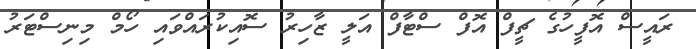
ރައީސް އޮފީހުގެ ޗީފް އޮފް ސްޓާފް އަލީ ޒާހިރު ސޮއިކުރައްވައި ހޯމް މިނިސްޓަރު